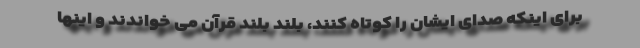
برای اینکه صدای ایشان را کوتاه کنند، بلند بلند قرآن می خواندند و اینها